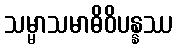
သမ္မာသမာဓိဝိပန္နဿ